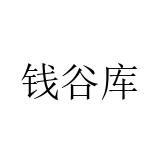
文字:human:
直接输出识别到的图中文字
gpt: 钱谷库